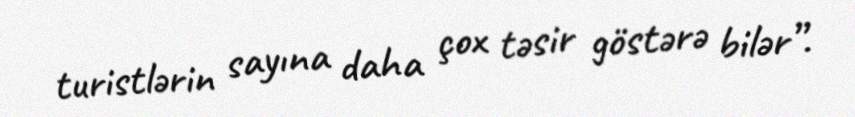
turistlərin sayına daha çox təsir göstərə bilər”.